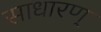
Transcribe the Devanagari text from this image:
साधारण्